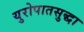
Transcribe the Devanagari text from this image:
युरोपातसुद्धा